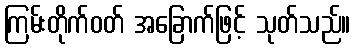
ကြမ်းတိုက်ဝတ် အခြောက်ဖြင့် သုတ်သည်။